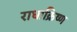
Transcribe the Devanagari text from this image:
राधाक्रिष्ण